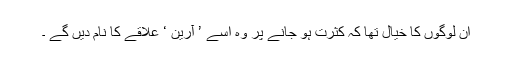
ان لوگوں کا خیال تھا کہ کثرت ہو جانے پر وہ اسے ’ آرین ‘ علاقے کا نام دیں گے ۔